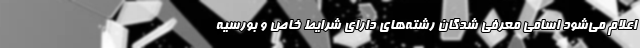
اعلام می‌شود اسامی معرفی شدگان رشته‌های دارای شرایط خاص و بورسیه